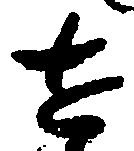
せ